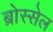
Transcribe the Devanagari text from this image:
ब्रोस्सेल